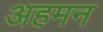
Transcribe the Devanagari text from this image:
अहमन